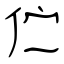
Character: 伫